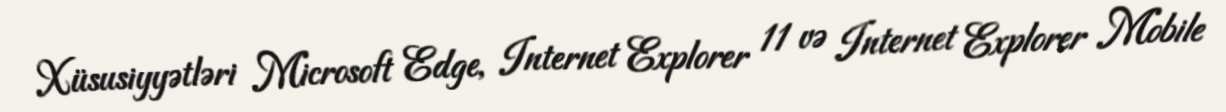
Xüsusiyyətləri Microsoft Edge, Internet Explorer 11 və Internet Explorer Mobile